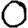
Digit: 0